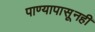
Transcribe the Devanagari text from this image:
पाण्यापासूनही